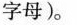
字母)。